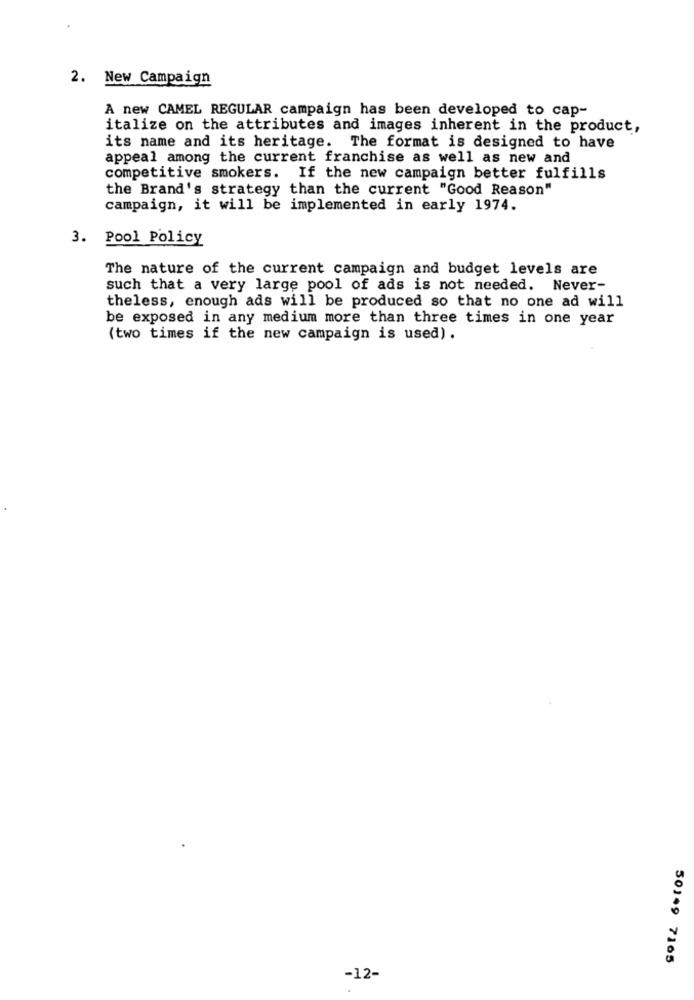
2. New Campaign
A new CAMEL REGULAR campaign has been developed to cap-
italize on the attributes and images inherent in the product,
its name and its heritage. The format is designed to have
appeal among the current franchise as well as new and
competitive smokers. If the new campaign better fulfills
the Brand's strategy than the current "Good Reason"
campaign, it will be implemented in early 1974.
3. Pool Policy
The nature of the current campaign and budget levels are
such that a very large pool of ads is not needed. Never-
theless, enough ads will be produced so that no one ad will
be exposed in any medium more than three times in one year
(two times if the new campaign is used) .
50149 7165
-12-